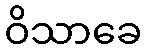
ဝိသာခေ